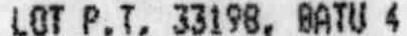
LOT P.T. 33198, BATU 4